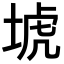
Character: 㙈